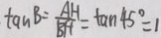
\tan B = \frac { A H } { B H } = \tan 4 5 ^ { \circ } = 1